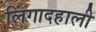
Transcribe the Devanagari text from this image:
लिंगादहाली